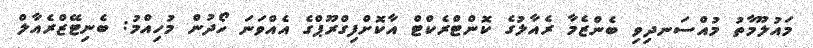
މައުލޫމާތު މުއްސަނދިވި ބެންޒެމާ ރެއާލުގެ ކޮންޓްރެކްޓް އާކޮށްފިގްރޫޕްގެ އެއްވަނަ ހޯދުން މުހިއްމު: ބެނިޓޭޒްރެއާލް